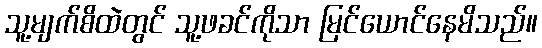
သူ့မျက်စိထဲတွင် သူ့ဖခင်ကိုသာ မြင်ယောင်နေမိသည်။